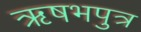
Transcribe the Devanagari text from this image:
ऋषभपुत्र